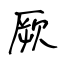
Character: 厥